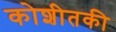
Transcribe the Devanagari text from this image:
कोशीतकी